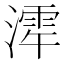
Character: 𪷋